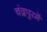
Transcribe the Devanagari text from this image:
चंद्रपुरमें